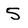
Character: 5